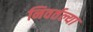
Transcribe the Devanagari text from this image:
निवर्तल्या